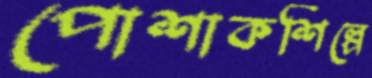
পোশাকশিল্পে